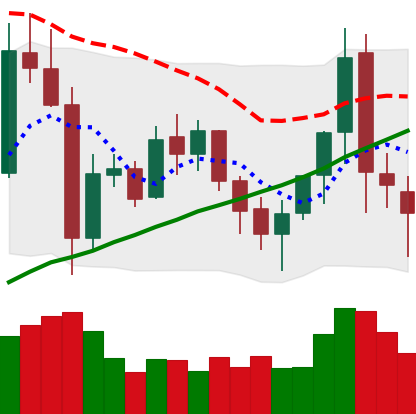
Ticker: XMR-USD
Chart end date: 2021-11-12
Forward return: -7.153%
Label: down_7plus